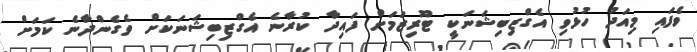
ވެފައި މިއަދު ހުޅުވި އެގްޒިބިޝަނަކީ ޓޫރިޒަމަށް ފައިދާ ކުރާނެ އެގްޒިބިޝަނަކަށް ވެގެންދާނެ ކަމަށް